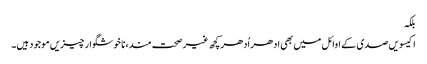
بلکہ
اکیسویں صدی کے اوائل میں بھی ادھر اُدھر کچھ غیر صحت مند، نا خوشگوار چیزیں موجود ہیں۔